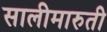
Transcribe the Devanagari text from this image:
सालीमारुती